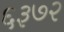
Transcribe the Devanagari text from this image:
६३७२